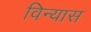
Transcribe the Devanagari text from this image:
विन्‍यास